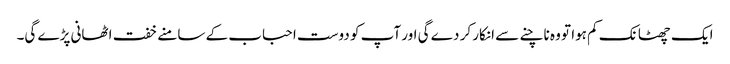
ایک چھٹانک کم ہوا تو وہ ناچنے سے انکار کر دے گی اور آپ کو دوست احباب کے سامنے خفت اٹھانی پڑے گی۔